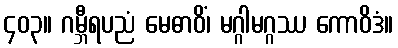
၄၀၃။ ဂမ္ဘီရပညံ မေဓာဝိံ၊ မဂ္ဂါမဂ္ဂဿ ကောဝိဒံ။